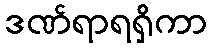
ဒဏ်ရာရရှိကာ